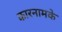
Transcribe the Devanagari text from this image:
कारनामके